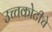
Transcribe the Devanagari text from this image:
उच्चकोटीचे